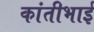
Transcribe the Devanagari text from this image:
कांतीभाई